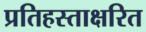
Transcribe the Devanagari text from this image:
प्रतिहस्ताक्षरित